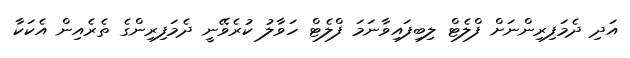
އަދި ދެމަފިރިންނަށް ފްލެޓް ލިބިފައިވާނަމަ ފްލެޓް ހަވާލު ކުރެވޭނީ ދެމަފިރިންގެ ތެރެއިން އެކަކާ